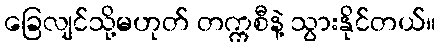
ခြေလျင်သို့မဟုတ် တက္ကစီနဲ့ သွားနိုင်တယ်။